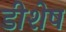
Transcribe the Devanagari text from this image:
डीशेष